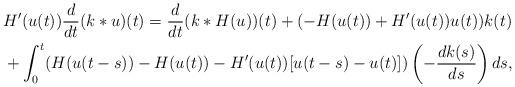
LaTeX: \begin{align*}& H'(u(t))\frac{d}{dt}(k*u)(t) = \frac{d}{dt}(k*H(u))(t) + (-H(u(t))+H'(u(t))u(t))k(t) \\& + \int_{0}^{t}(H(u(t-s))-H(u(t))-H'(u(t))[u(t-s)-u(t)])\left(-\frac{dk(s)}{ds}\right)ds,\end{align*}